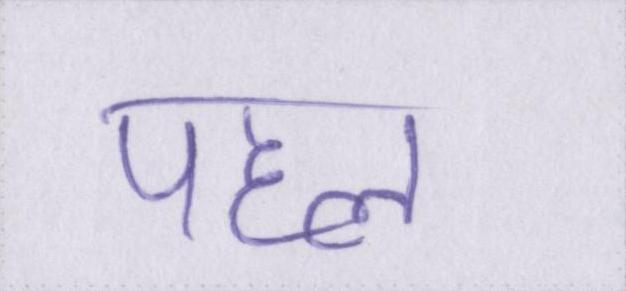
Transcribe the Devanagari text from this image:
पहल